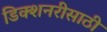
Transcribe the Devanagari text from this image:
डिक्शनरीसाठी